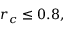
r _ { c } \le 0 . 8 ,